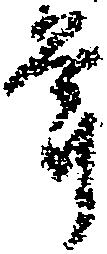
年